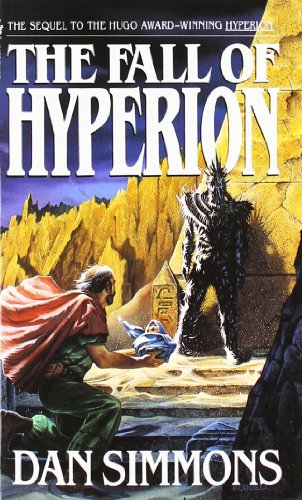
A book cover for The Fall of Hyperion; Dan Simmons; Science Fiction & Fantasy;